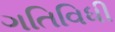
ગતિવિધી